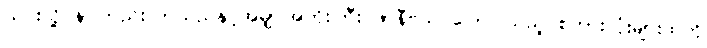
ယင်းသို့ နာကြည်းလာသည်နှင့်အမျှ အဘိုးကြီး ဖာနီဗယ် ပြောပြသည့် စကားလုံးများထဲကို